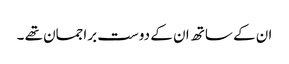
ان کے ساتھ ان کے دوست براجمان تھے ۔